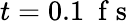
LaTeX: t=0.1~\mathrm{~f~s~}